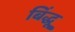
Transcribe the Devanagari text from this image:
बिंद्धू